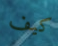
كيف